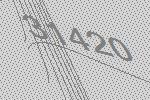
31420